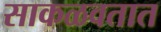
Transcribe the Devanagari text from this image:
साकळवतात